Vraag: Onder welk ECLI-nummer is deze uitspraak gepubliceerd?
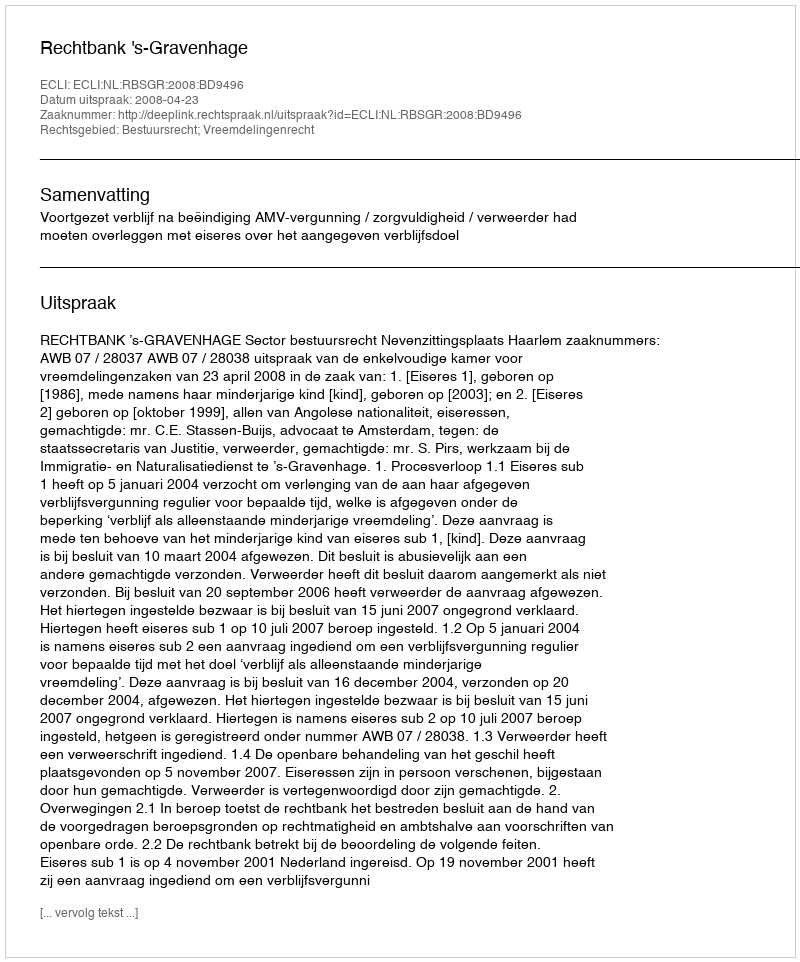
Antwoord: ECLI:NL:RBSGR:2008:BD9496